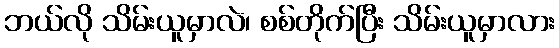
ဘယ်လို သိမ်းယူမှာလဲ၊ စစ်တိုက်ပြီး သိမ်းယူမှာလား